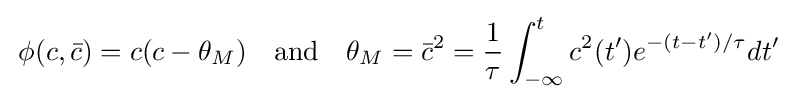
\,\phi (c,{\bar {c}})=c(c-\theta _{M})~~~{\textrm {and}}~~~\theta _{M}={\bar {c}}^{2}={\frac {1}{\tau }}\int _{-\infty }^{t}c^{2}(t^{\prime })e^{-(t-t^{\prime })/\tau }dt^{\prime }